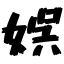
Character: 娯